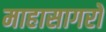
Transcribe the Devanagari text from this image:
माहासागरों